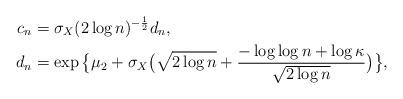
LaTeX: \begin{align*} c_n & = \sigma_X (2 \log n)^{-\frac{1}{2}} d_n,\\ d_n & = \exp\big\{\mu_2 + \sigma_X\big(\sqrt{2 \log n} + \frac{-\log{\log n} + \log{\kappa}}{\sqrt{2 \log n}}\big)\big\}, \end{align*}